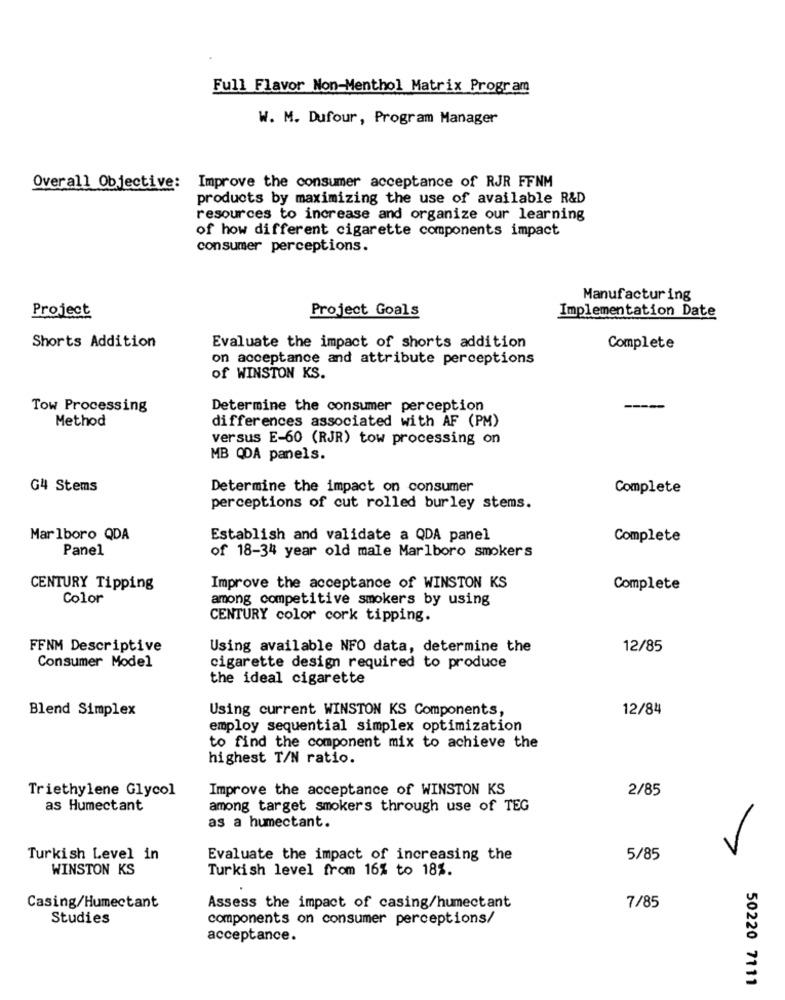
Full Flavor Non-Menthol Matrix Program
W. M. Dufour, Program Manager
Overall Objective: Improve the consumer acceptance of RJR FFNM
products by maximizing the use of available R&D
resources to increase and organize our learning
of how different cigarette components impact
consumer perceptions.
Manufacturing
Project Goals
Implementation Date
Project
Shorts Addition
Evaluate the impact of shorts addition
Complete
on acceptance and attribute perceptions
of WINSTON KS.
Tow Processing
Determine the consumer perception
Method
differences associated with AF (PM)
versus E-60 (RJR) tow processing on
MB QDA panels.
G4 Stems
Determine the impact on consumer
Complete
perceptions of cut rolled burley stems.
Marlboro QDA
Establish and validate a QDA panel
Complete
Panel
of 18-34 year old male Marlboro smokers
CENTURY Tipping
Improve the acceptance of WINSTON KS
Complete
Color
among competitive smokers by using
CENTURY color cork tipping.
FFNM Descriptive
Using available NFO data, determine the
12/85
Consumer Model
cigarette design required to produce
the ideal cigarette
Blend Simplex
Using current WINSTON KS Components,
12/84
employ sequential simplex optimization
to find the component mix to achieve the
highest T/N ratio.
Triethylene Glycol
Improve the acceptance of WINSTON KS
2/85
as Humectant
among target smokers through use of TEG
as a humectant.
Turkish Level in
Evaluate the impact of increasing the
5/85
WINSTON KS
Turkish level from 16% to 18%.
Casing/Humectant
Assess the impact of casing/humectant
7/85
Studies
components on consumer perceptions/
acceptance.
50220 7111